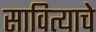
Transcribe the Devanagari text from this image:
सावित्याचे